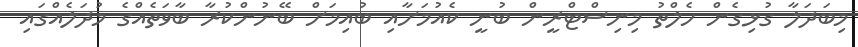
މިބަދަލާ ގުޅިގެން ހެލްތު މިނިސްޓްރީން ބުނީ ކެއުމަށާއި ބުއިމަށް ބޭނުންކުރާ ބާވަތެއްގެ މުދަލެއްގައި